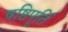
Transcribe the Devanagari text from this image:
षष्ठिपूर्ति